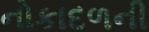
નોકાદળની